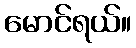
မောင်ရယ်။